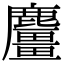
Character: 麠